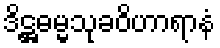
ဒိဋ္ဌဓမ္မသုခဝိဟာရာနံ